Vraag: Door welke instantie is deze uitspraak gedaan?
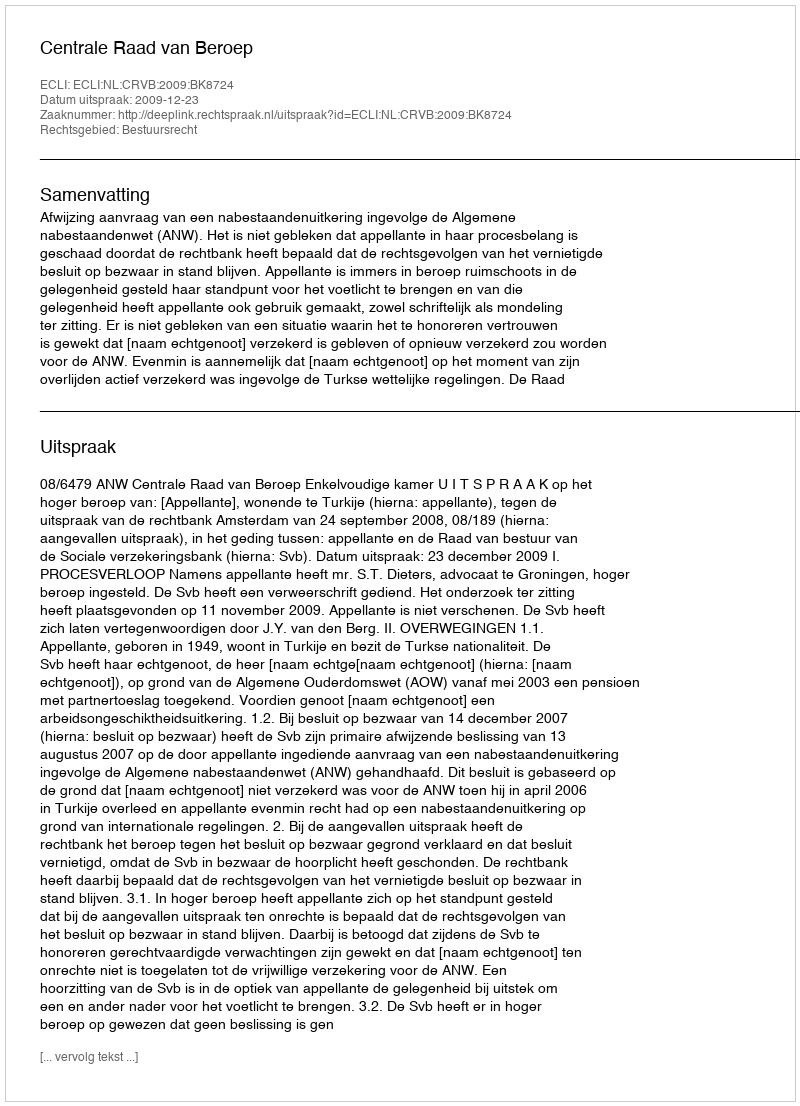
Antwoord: Centrale Raad van Beroep